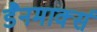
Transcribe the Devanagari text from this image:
डैनमार्क्स